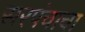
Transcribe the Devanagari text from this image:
सरपंचाचा